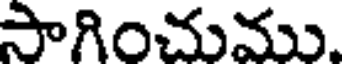
సాగించుము.